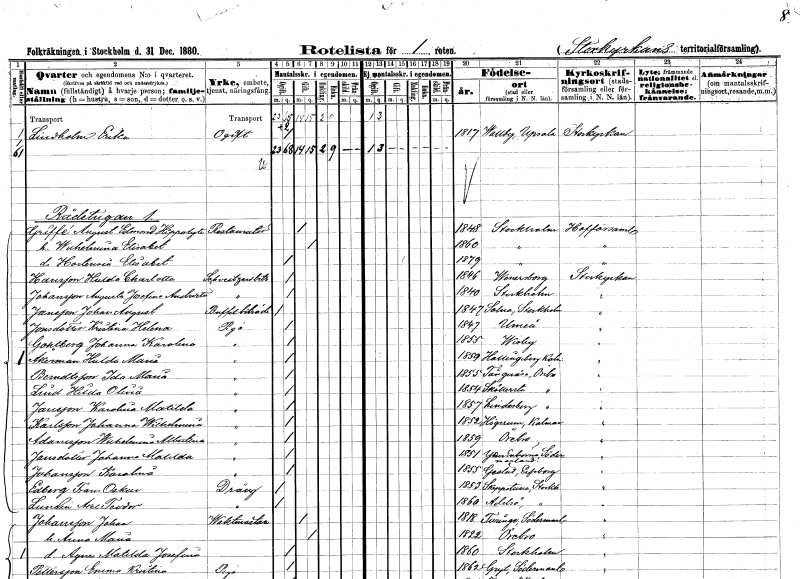
gt_parse: households: individuals: FN: Erika
EN: Lindholm
KON: K
CIV: O
FODAR: 1817
FODFORS: Vallby Uppsala län
FN: August Edvard Hippolyte
EN: Griffé
YRKE: Restauratör
KON: M
CIV: G
FODAR: 1848
FODFORS: Stockholm
FN: Wilhelmina Elisabet
KON: K
CIV: G
FODAR: 1860
FODFORS: Stockholm
FN: Hortencia Elisabet
KON: K
CIV: O
FODAR: 1879
FODFORS: Stockholm
FN: Hulda Charlotta
EN: Hansson
YRKE: Schweitzeribiträde
KON: K
CIV: O
FODAR: 1846
FODFORS: Vänersborg Älvsborgs län
FN: Augusta Josefina Andretta
EN: Johannson
YRKE: Schweitzeribiträde
KON: K
CIV: O
FODAR: 1840
FODFORS: Stockholm
FN: Johan August
EN: Jansson
YRKE: Buffetbiträde
KON: M
CIV: O
FODAR: 1847
FODFORS: Solna Stockholms län
FN: Kristina Helena
EN: Jonsdotter
YRKE: Piga
KON: K
CIV: O
FODAR: 1847
FODFORS: Umeå Västerbottens län
FN: Johanna Karolina
EN: Gohtberg
YRKE: Piga
KON: K
CIV: O
FODAR: 1855
FODFORS: Visby Gotlands län
FN: Hulda Maria
EN: Åkerman
YRKE: Piga
KON: K
CIV: O
FODAR: 1859
FODFORS: Hallingeberg Kalmar län
FN: Ida Maria
EN: Berndtsson
YRKE: Piga
KON: K
CIV: O
FODAR: 1855
FODFORS: Tångeråsa Örebro län
FN: Hilda Olivia
EN: Lind
YRKE: Piga
KON: K
CIV: O
FODAR: 1854
FODFORS: Sköllersta Örebro län
FN: Karolina Matilda
EN: Jansson
YRKE: Piga
KON: K
CIV: O
FODAR: 1857
FODFORS: Lindesberg Örebro län
FN: Johanna Wilhelmina
EN: Karlsson
YRKE: Piga
KON: K
CIV: O
FODAR: 1852
FODFORS: Högsrum Kalmar län
FN: Wilhelmina Albertina
EN: Adamsson
YRKE: Piga
KON: K
CIV: O
FODAR: 1859
FODFORS: Örebro Örebro län
FN: Johanna Matilda
EN: Jansdotter
YRKE: Piga
KON: K
CIV: O
FODAR: 1851
FODFORS: Ytterenhörna Stockholms län
FN: Karolina
EN: Johansson
YRKE: Piga
KON: K
CIV: O
FODAR: 1855
FODFORS: Gestad Älvsborgs län
FN: Frans Oskar
EN: Edberg
YRKE: Dräng
KON: M
CIV: O
FODAR: 1853
FODFORS: Skepptuna Stockholms län
FN: Axel Teodor
EN: Lundin
YRKE: Dräng
KON: M
CIV: O
FODAR: 1860
FODFORS: Adelsö Stockholms län